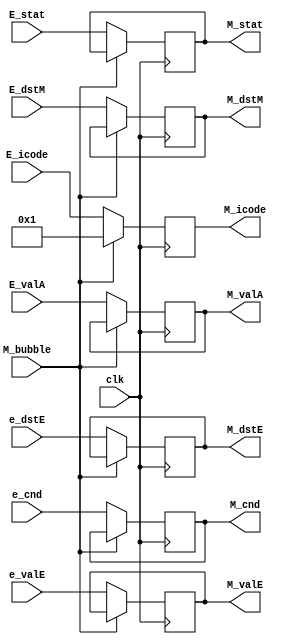
module Mreg(clk, E_stat, E_icode, e_cnd, e_valE, E_valA, e_dstE, E_dstM, M_stat, M_icode, M_cnd, M_valE, M_valA, M_dstE, M_dstM, M_bubble);

input clk, e_cnd, M_bubble;
input [1:0] E_stat;
input [3:0] E_icode, e_dstE, E_dstM;
input [63:0] e_valE, E_valA;

output reg M_cnd;
output reg [1:0] M_stat;
output reg [3:0] M_icode, M_dstE, M_dstM;
output reg [63:0] M_valE, M_valA;

always@(posedge(clk))
begin
    if (M_bubble == 1'b0)
    begin
        M_stat <= E_stat;
        M_icode <= E_icode;
        M_dstE <= e_dstE;
        M_dstM <= E_dstM;
        M_valE <= e_valE;
        M_valA <= E_valA;
        M_cnd <= e_cnd;
    end

    else
    begin
        M_icode <= 4'h1;
    end
end

endmodule